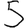
Digit: 5